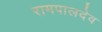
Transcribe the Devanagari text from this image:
रामपालदेव